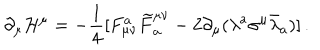
\partial _ { \mu } { \cal H } ^ { \mu } = - \frac { 1 } { 4 } [ F _ { \mu \nu } ^ { a } \widetilde { F } _ { a } ^ { \mu \nu } - 2 \partial _ { \mu } ( \lambda ^ { a } \sigma ^ { \mu } \bar { \lambda } _ { a } ) ] \, .